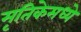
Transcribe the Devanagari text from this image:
मृतिकेमध्ये